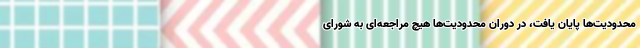
محدودیت‌ها پایان یافت، در دوران محدودیت‌ها هیچ مراجعه‌ای به شورای